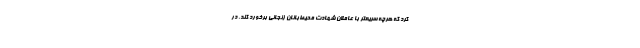
کرد که هرچه سریعتر با عاملان شهادت محیط‌بانان زنجانی برخورد کند. در